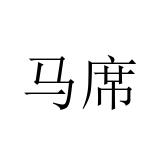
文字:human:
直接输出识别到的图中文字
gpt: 马席